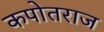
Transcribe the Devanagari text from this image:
कपोतराज